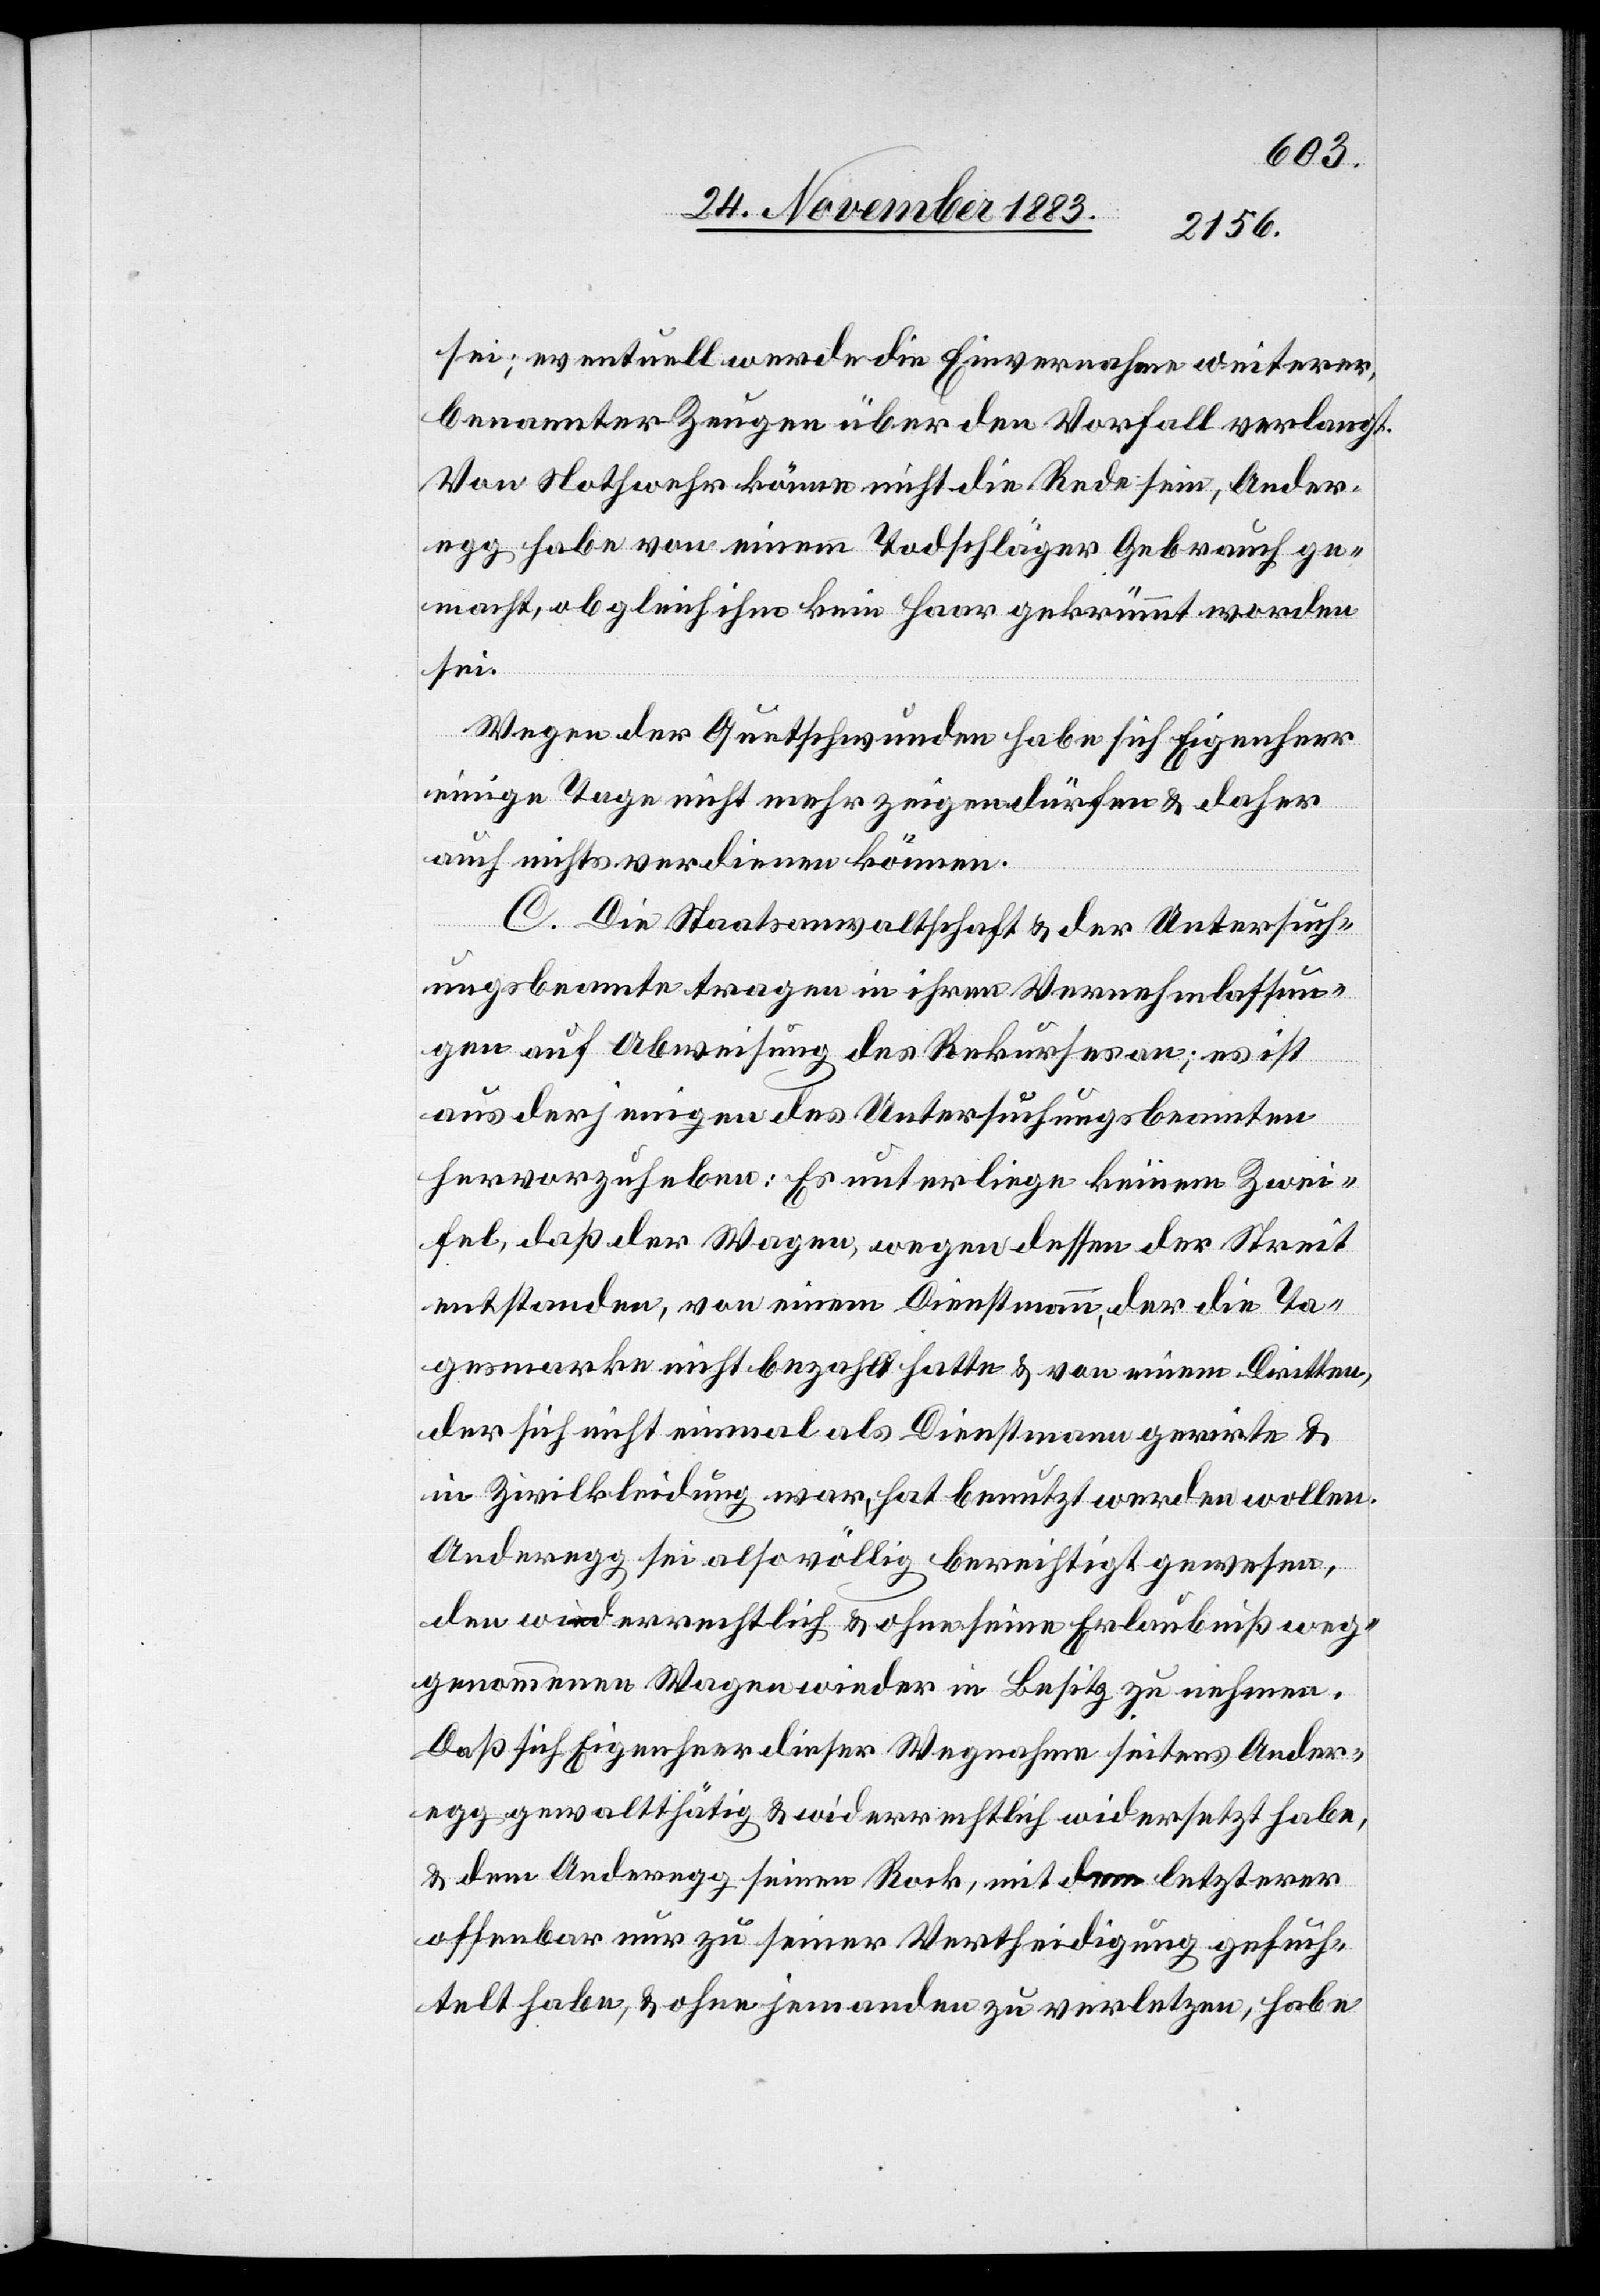
sei; eventuell werde die Einvernahme weiterer,
benannter Zeugen über den Vorfall verlangt.
Von Nothwehr könne nicht die Rede sein, Ander¬
egg habe von einem Todschläger Gebrauch ge¬
macht, obgleich ihm kein Haar gekrümmt worden
sei.
Wegen der Quetschwunden habe sich Eigenheer
einige Tage nicht mehr zeigen dürfen & daher
auch nichts verdienen können.
C. Die Staatsanwaltschaft & der Untersuch¬
ungsbeamte tragen in ihren Vernehmlassun¬
gen auf Abweisung des Rekurses an; es ist
uns derjenigen des Untersuchungsbeamten
hervorzuheben: Es unterliege keinem Zwei¬
fel, daß der Wagen, wegen dessen der Streit
entstanden, von einem Dienstmann, der die Ta¬
gesmarke nicht bezahlt hatte & von einem Dritten,
der sich nicht einmal als Dienstmann gerirte &
in Zivilkleidung war, hat benutzt werden wollen.
Anderegg sei also völlig berechtigt gewesen,
den widerrechtlich & ohne seine Erlaubniß weg¬
genommenen Wagen wieder in Besitz zu nehmen.
Daß sich Eigenheer dieser Wegnahme seitens Ander¬
egg gewaltthätig & widerrechtlich widersetzt habe,
& dem Anderegg seinen Rock, mit dem letzterer
offenbar nur zu seiner Verteidigung gefuch¬
telt habe, & ohne jemanden zu verletzen, habe